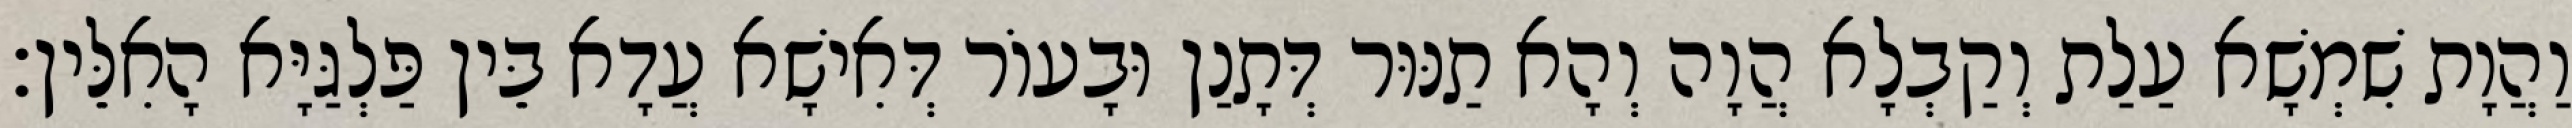
וַהֲוָת שִׁמְשָׁא עַלַת וְקַבְלָא הֲוָה וְהָא תַנּוּר דְּתָנַן וּבָעוֹר דְּאִישָׁא עֲדָא בֵּין פַּלְגַּיָּא הָאִלֵּין׃